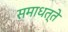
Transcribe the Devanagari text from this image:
समाधत्ते